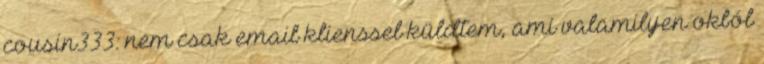
cousin333: nem csak email klienssel küldtem, ami valamilyen okból